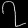
Digit: ၇